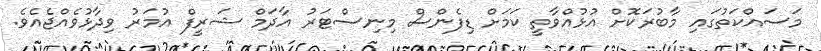
މަސައްކަތުގައި މާބުރަކޮށް އުޅުއްވާތީ ކަމަށް ޑިފެންސް މިނިސްޓަރު އާދަމް ޝަރީފް އުމަރު ވިދާޅުވެއްޖެއެވެ.